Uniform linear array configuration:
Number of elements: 48
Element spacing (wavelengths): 0.25
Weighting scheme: hann
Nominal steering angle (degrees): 45
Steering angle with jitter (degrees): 43.638
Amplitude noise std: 0.05
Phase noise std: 0.05

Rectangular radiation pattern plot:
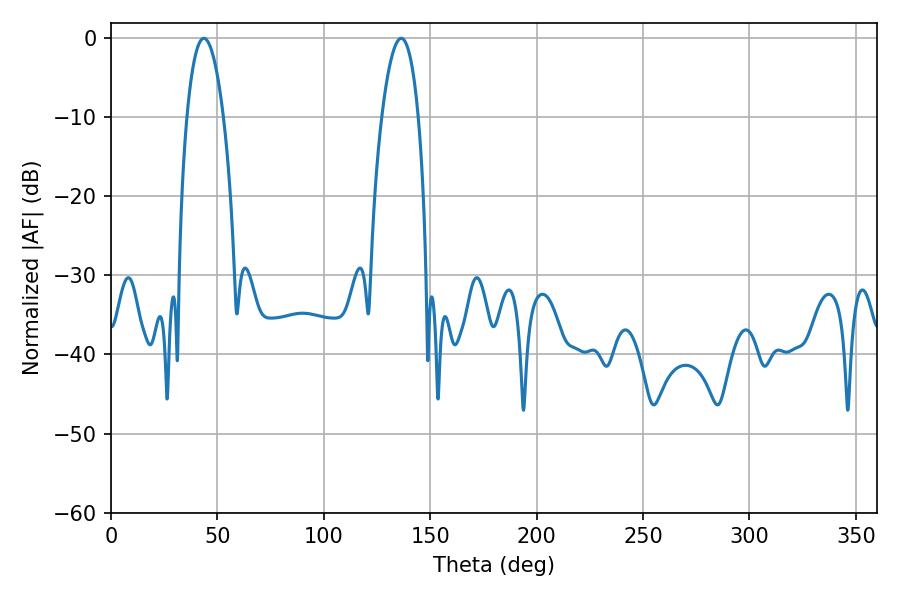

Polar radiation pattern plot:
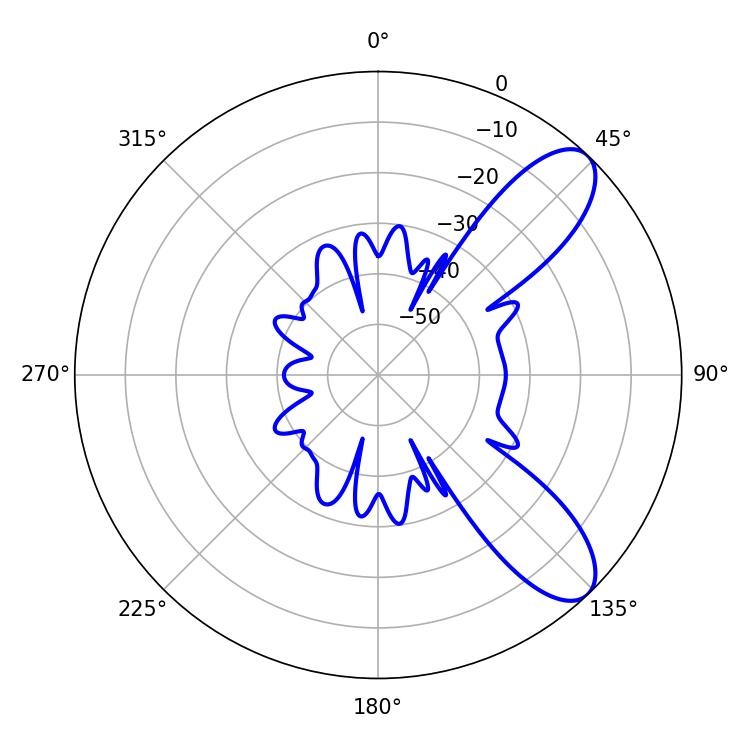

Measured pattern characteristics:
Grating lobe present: FALSE
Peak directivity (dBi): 9.086
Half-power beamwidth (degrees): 9.54
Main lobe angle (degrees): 43.56